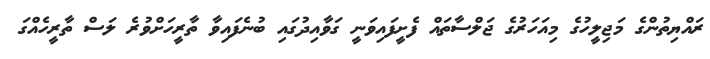
ރައްޔިތުންގެ މަޖިލީހުގެ މިއަހަރުގެ ޖަލްސާތައް ފެށީފައިވަނީ ގަވާއިދުގައި ބުނެފައިވާ ތާރީހަށްވުރެ ލަސް ތާރީހެއްގަ